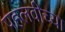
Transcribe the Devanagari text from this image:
पहलवीच्या